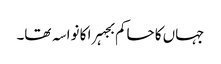
جہاں کا حاکم بجہرا کا نواسہ تھا۔